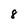
Character: 8